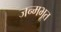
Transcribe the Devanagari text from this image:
जन्मभूत